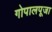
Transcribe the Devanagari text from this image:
गोपालपूजा